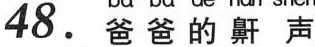
48. 爸爸的鼾声